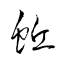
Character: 蚯